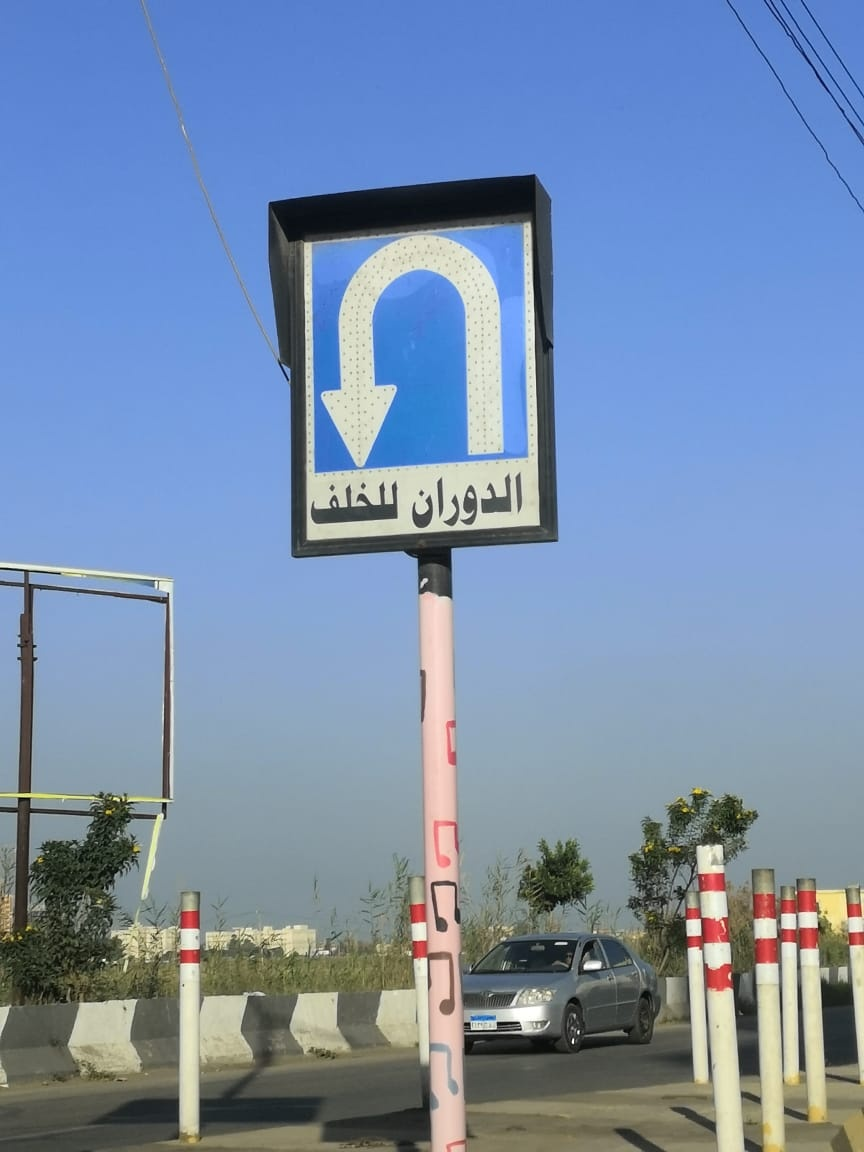
Text in image: الدوران للخلف